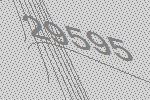
29595